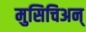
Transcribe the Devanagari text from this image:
मुसिचिअन्